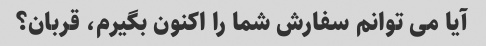
آیا می توانم سفارش شما را اکنون بگیرم، قربان؟